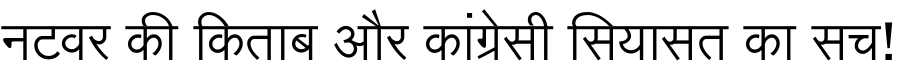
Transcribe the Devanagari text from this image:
नटवर की किताब और कांग्रेसी सियासत का सच!